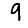
Digit: 9